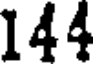
144